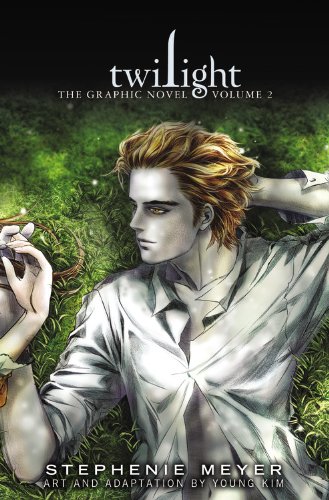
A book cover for Twilight: The Graphic Novel, Vol. 2 (The Twilight Saga); Stephenie Meyer; Teen & Young Adult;